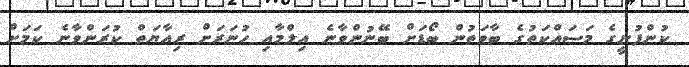
ކުންފުނީގެ މަސައްކަތުގެ ބާވަތުން ބޯޑަށް ބޭނުންވާނެ އިލްމާއި ހުނަރަށް ރިއާޔަތް ކުރަންވާނެ ކަމަށް